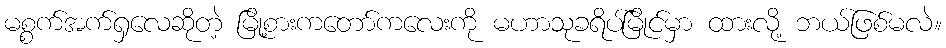
မစ္စက်အက်ရှလေဆိုတဲ့ မြို့စားကတော်ကလေးကို မဟာသုခရိပ်မြိုင်မှာ ထားလို့ ဘယ်ဖြစ်မလဲ။